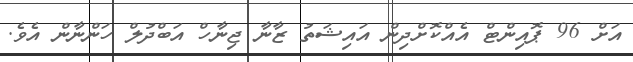
އަށް 96 ޕޮއިންޓް އެއްކޮށްދިން އައިޝަތު ޒާނާ ޖިނާހް އަބްދުލް ހަންނާން އެވެ.